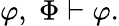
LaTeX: \varphi,\; \Phi\vdash\varphi.